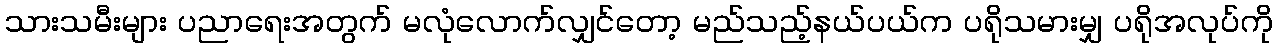
သားသမီးများ ပညာရေးအတွက် မလုံလောက်လျှင်တော့ မည်သည့်နယ်ပယ်က ပရိုသမားမျှ ပရိုအလုပ်ကို